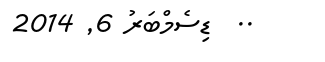
..  ޑިސެމްބަރު 6